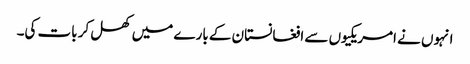
انہوں نے امریکیوں سے افغانستان کے بارے میں کھل کر بات کی۔